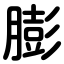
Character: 膨